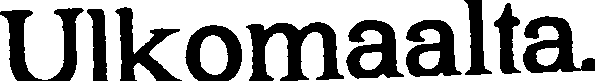
Ulkomaalta.